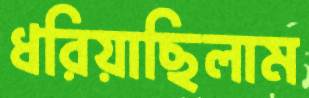
ধরিয়াছিলাম